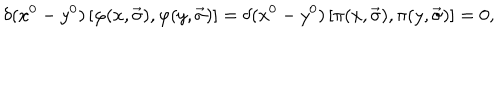
LaTeX: \delta ( x ^ { 0 } - y ^ { 0 } ) \left[ \varphi ( x , \vec { \sigma } ) , \varphi ( y , \vec { \sigma } ) \right] = \delta ( x ^ { 0 } - y ^ { 0 } ) \left[ \pi ( x , \vec { \sigma } ) , \pi ( y , \vec { \sigma } ) \right] = 0 ,